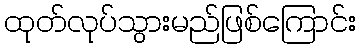
ထုတ်လုပ်သွားမည်ဖြစ်ကြောင်း